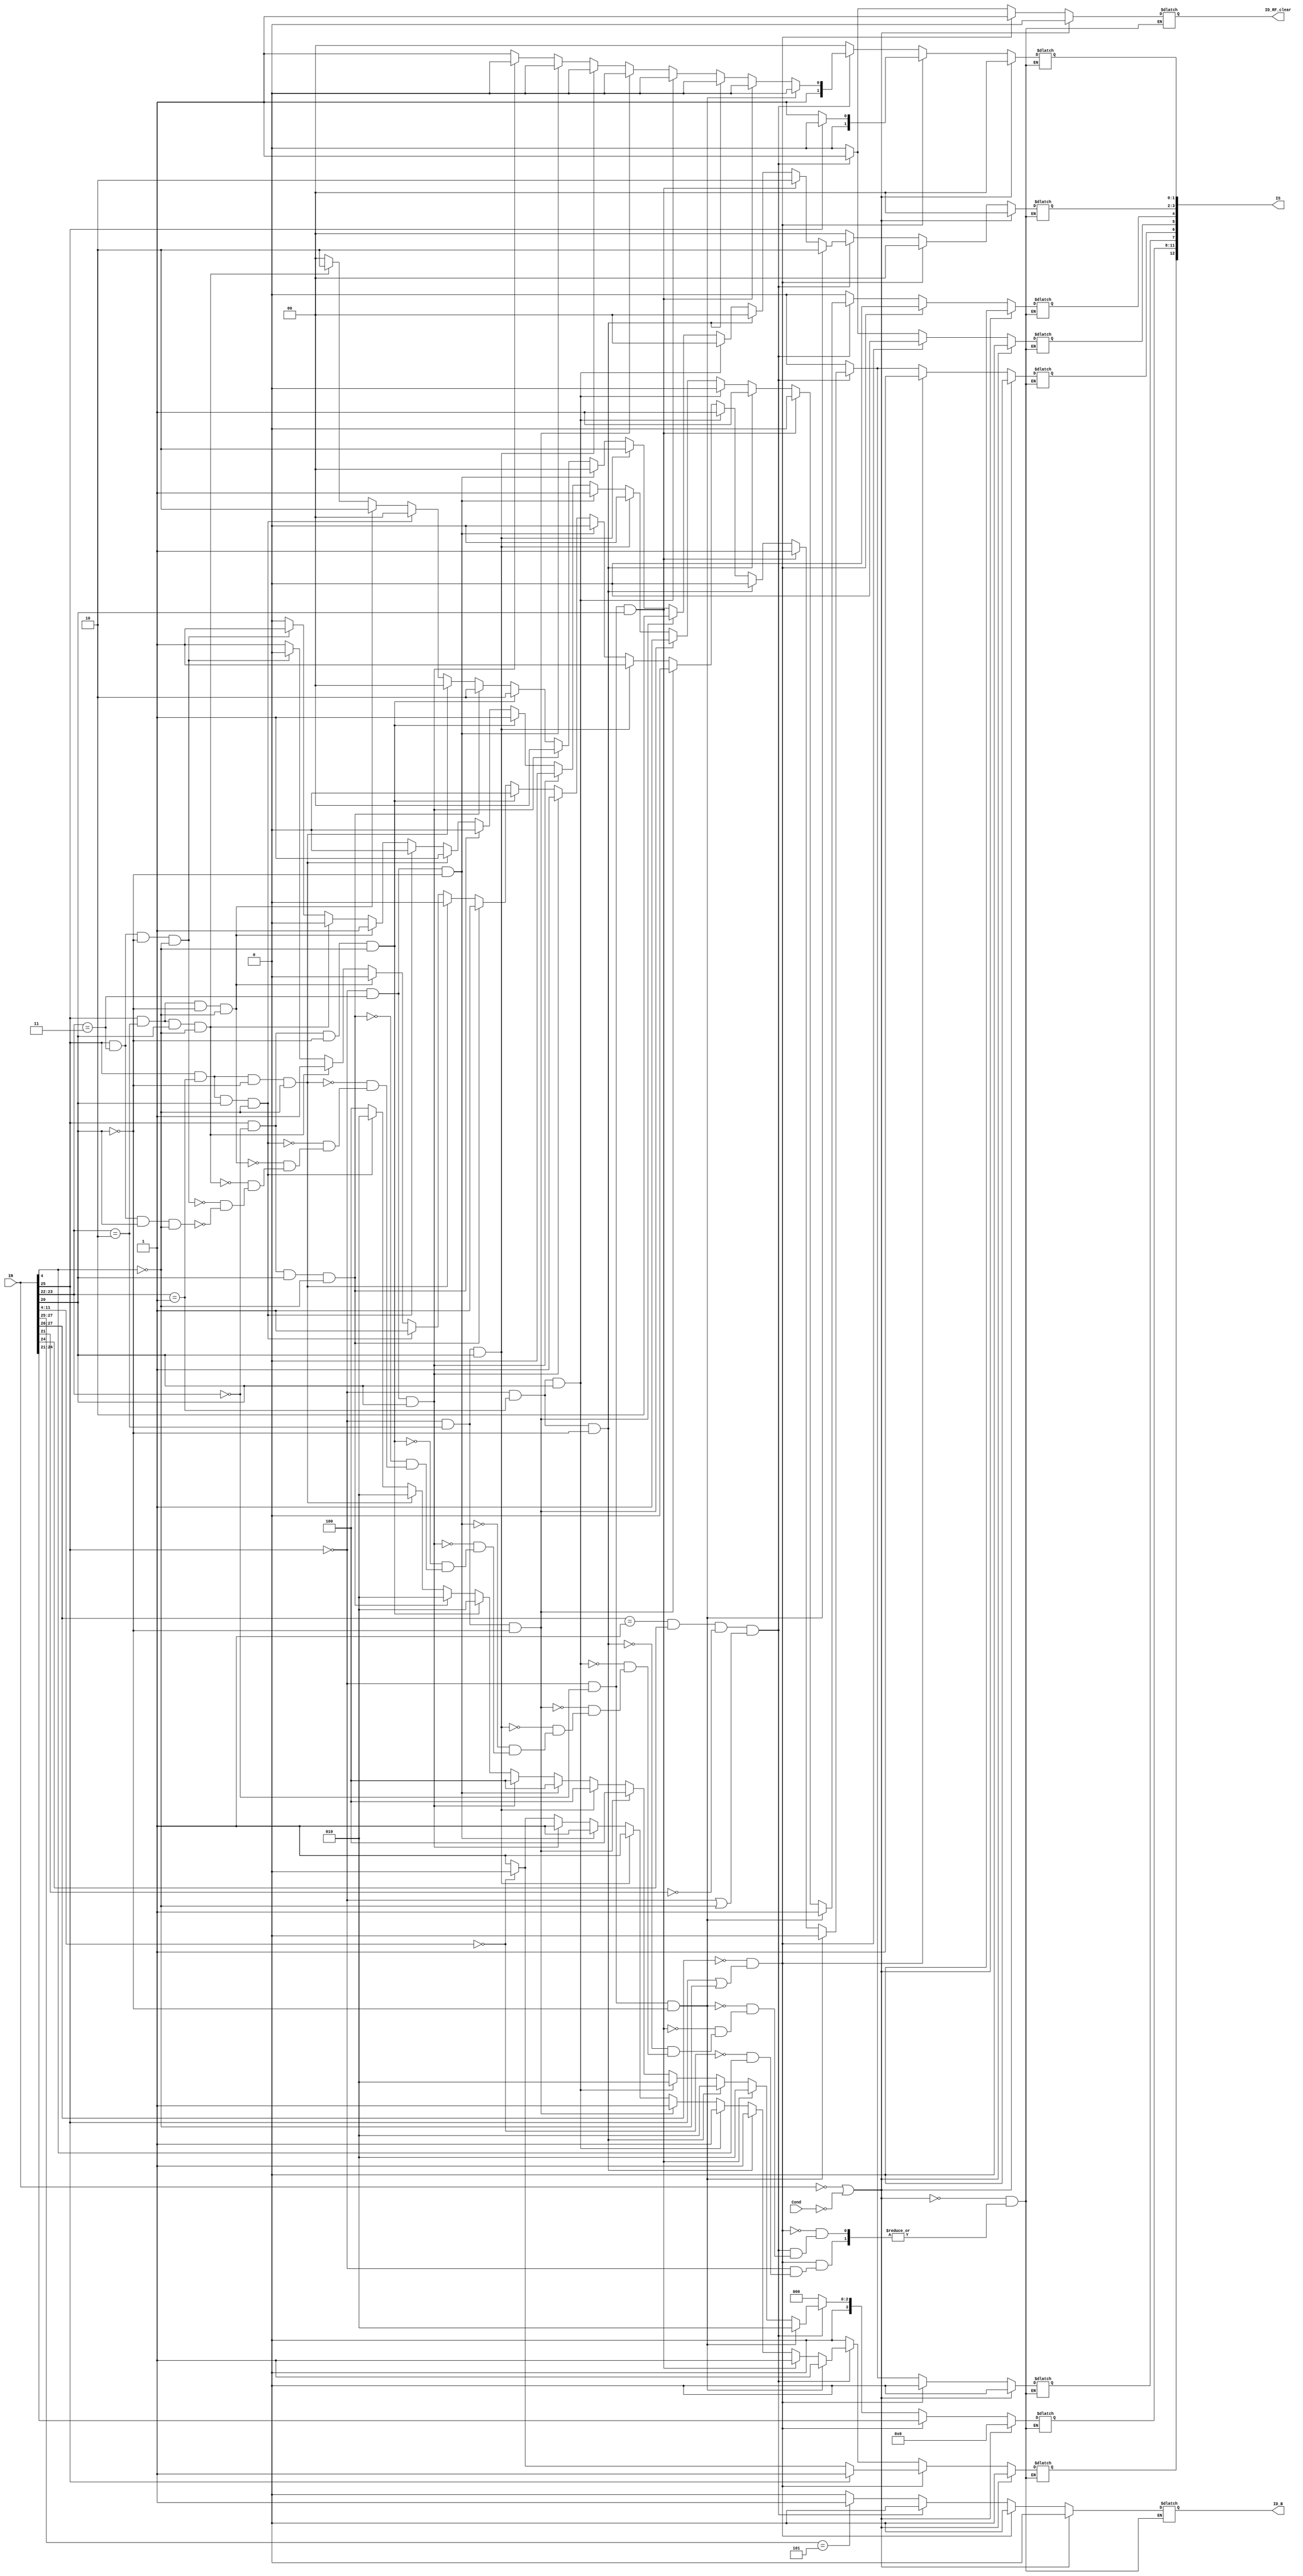
module cpu (output reg[12:0] IS, output reg ID_B, ID_RF_clear, input [31:0] IR, input Cond); 
	/*IS[12]=ID_shift
	IS[11:8]=OP
	IS[7]=load
	IS[6]=ID_RF
	IS[5]=Data
	IS[4]=RW
	IS[3:2]=Mm
	IS[1:0]=Sm
	*/
	reg [3:0] OP;
	reg [1:0] Sm;
	reg [1:0] Mm;
	reg ID_load_instr;
	reg ID_RF;
    reg	ID_RW;
	reg ID_Data;
	reg ID_shift_imm;
	always @ (IR)
		begin
		if (IR[31:0] == 32'h00000000||!Cond)//NOP
			begin
				OP <= 4'b0000;
				Sm <= 2'b00;
				Mm <= 2'b00;
				ID_load_instr <= 1'b0; 
				ID_B <= 1'b0;
				ID_RF <= 1'b0; 
				ID_RW <= 1'b0; 
				ID_Data <= 1'b0;
				ID_shift_imm <= 1'b0;
				ID_RF_clear<=1'b0;
			end
		else if (IR[27:26]== 2'b00&&(IR[25]==1'b1||IR[4]==1'b0)) // Data Processing	
			begin
			if(IR[25]== 1'b0) // Immidiate Register shifts
				begin
				if(IR[11:4]== 8'h00) //No Shifts
					begin
						OP <= IR[24:21];
						Sm <= 2'b01;
						Mm <= 2'b00;
						ID_load_instr <= 1'b0; 
						ID_B <= 1'b0;
						ID_RF <= 1'b1; 
						ID_RW <= 1'b0; 
						ID_Data <= 1'b0;
						ID_shift_imm <= 1'b0;
						ID_RF_clear<=1'b1;
					end
				else if(IR[4]==1'b0)
					begin //Shifts Register
						OP <= IR[24:21];
						Sm <= 2'b01;
						Mm <= 2'b00;
						ID_load_instr <= 1'b0; 
						ID_B <= 1'b0;
						ID_RF <= 1'b1; 
						ID_RW <= 1'b0; 
						ID_Data <= 1'b0;
						ID_shift_imm <= 1'b1;
						ID_RF_clear<=1'b1;
					end
				end
			else //Immidiate
				begin
					OP <= IR[24:21];
					Sm <= 2'b00;
					Mm <= 2'b00;
					ID_load_instr <= 1'b0; 
					ID_B <= 1'b0;
					ID_RF <= 1'b1; 
					ID_RW <= 1'b0; 
					ID_Data <= 1'b0;
					ID_shift_imm <= 1'b1;
					ID_RF_clear<=1'b1;
				end
			end
		else if (IR[27:26] == 2'b01&&IR[24]==1'b1&&IR[21]==1'b0&&(IR[25]==1'b0||IR[4]==1'b0)) //Load/Store
			//if(Immidiate/Scaled register && SUB/ADD && Word/Byte && Store/Load)
			begin
			if(IR[25]==1'b0&&IR[23:22]==2'b00&&IR[20]==1'b0)//(I/S/W/S)
				begin
					OP <= 4'b0010;
					Sm <= 2'b10;
					Mm <= 2'b10;
					ID_load_instr <= 1'b0; 
					ID_B <= 1'b0;
					ID_RF <= 1'b0; 
					ID_RW <= 1'b1; 
					ID_Data <= 1'b1;
					ID_shift_imm <= 1'b1;
					ID_RF_clear<=1'b1;
				end
			else if(IR[25]==1'b0&&IR[23:22]==2'b00&&IR[20]==1'b1)//(I/S/W/L)
				begin
					OP <= 4'b0010;
					Sm <= 2'b10;
					Mm <= 2'b10;
					ID_load_instr <= 1'b1; 
					ID_B <= 1'b0;
					ID_RF <= 1'b1; 
					ID_RW <= 1'b0; 
					ID_Data <= 1'b1;
					ID_shift_imm <= 1'b1;
					ID_RF_clear<=1'b1;
				end
			else if(IR[25]==1'b0&&IR[23:22]==2'b01&&IR[20]==1'b0)//(I/S/B/S)
				begin
					OP <= 4'b0010;
					Sm <= 2'b10;
					Mm <= 2'b00;
					ID_load_instr <= 1'b0; 
					ID_B <= 1'b0;
					ID_RF <= 1'b0; 
					ID_RW <= 1'b1; 
					ID_Data <= 1'b1;
					ID_shift_imm <= 1'b1;
					ID_RF_clear<=1'b1;
				end
			else if(IR[25]==1'b0&&IR[23:22]==2'b01&&IR[20]==1'b1)//(I/S/B/L)
				begin
					OP <= 4'b0010;
					Sm <= 2'b10;
					Mm <= 2'b00;
					ID_load_instr <= 1'b1; 
					ID_B <= 1'b0;
					ID_RF <= 1'b1; 
					ID_RW <= 1'b0; 
					ID_Data <= 1'b1;
					ID_shift_imm <= 1'b1;
					ID_RF_clear<=1'b1;
				end
			else if(IR[25]==1'b0&&IR[23:22]==2'b10&&IR[20]==1'b0)//(I/A/W/S)
				begin
					OP <= 4'b0100;
					Sm <= 2'b10;
					Mm <= 2'b10;
					ID_load_instr <= 1'b0; 
					ID_B <= 1'b0;
					ID_RF <= 1'b0; 
					ID_RW <= 1'b1; 
					ID_Data <= 1'b1;
					ID_shift_imm <= 1'b1;
					ID_RF_clear<=1'b1;
				end
			else if(IR[25]==1'b0&&IR[23:22]==2'b10&&IR[20]==1'b1)//(I/A/W/L)
				begin
					OP <= 4'b0100;
					Sm <= 2'b10;
					Mm <= 2'b10;
					ID_load_instr <= 1'b1; 
					ID_B <= 1'b0;
					ID_RF <= 1'b1; 
					ID_RW <= 1'b0; 
					ID_Data <= 1'b1;
					ID_shift_imm <= 1'b1;
					ID_RF_clear<=1'b1;
				end
			else if(IR[25]==1'b0&&IR[23:22]==2'b11&&IR[20]==1'b0)//(I/A/B/S)
				begin
					OP <= 4'b0100;
					Sm <= 2'b10;
					Mm <= 2'b00;
					ID_load_instr <= 1'b0; 
					ID_B <= 1'b0;
					ID_RF <= 1'b0; 
					ID_RW <= 1'b1; 
					ID_Data <= 1'b1;
					ID_shift_imm <= 1'b1;
					ID_RF_clear<=1'b1;
				end
			else if(IR[25]==1'b0&&IR[23:22]==2'b11&&IR[20]==1'b1)//(I/A/B/L)
				begin
					OP <= 4'b0100;
					Sm <= 2'b10;
					Mm <= 2'b00;
					ID_load_instr <= 1'b1; 
					ID_B <= 1'b0;
					ID_RF <= 1'b1; 
					ID_RW <= 1'b0; 
					ID_Data <= 1'b1;
					ID_shift_imm <= 1'b1;
					ID_RF_clear<=1'b1;
				end
			else if(IR[25]==1'b1&&IR[23:22]==2'b00&&IR[20]==1'b0&&IR[4]==1'b0)//(S/S/W/S)
				begin
					OP <= 4'b0010;
					Sm <= 2'b11;
					Mm <= 2'b10;
					ID_load_instr <= 1'b0; 
					ID_B <= 1'b0;
					ID_RF <= 1'b0; 
					ID_RW <= 1'b1; 
					ID_Data <= 1'b1;
					if(IR[11:4]==8'h00)ID_shift_imm <= 1'b0;
					else ID_shift_imm <= 1'b1;
					ID_RF_clear<=1'b1;
				end
			else if(IR[25]==1'b1&&IR[23:22]==2'b00&&IR[20]==1'b1&&IR[4]==1'b0)//(S/S/W/L)
				begin
					OP <= 4'b0010;
					Sm <= 2'b11;
					Mm <= 2'b10;
					ID_load_instr <= 1'b1; 
					ID_B <= 1'b0;
					ID_RF <= 1'b1; 
					ID_RW <= 1'b0; 
					ID_Data <= 1'b1;
					if(IR[11:4]==8'h00)ID_shift_imm <= 1'b0;
					else ID_shift_imm <= 1'b1;
					ID_RF_clear<=1'b1;
				end
			else if(IR[25]==1'b1&&IR[23:22]==2'b01&&IR[20]==1'b0&&IR[4]==1'b0)//(S/S/B/S)
				begin
					OP <= 4'b0010;
					Sm <= 2'b11;
					Mm <= 2'b00;
					ID_load_instr <= 1'b0; 
					ID_B <= 1'b0;
					ID_RF <= 1'b0; 
					ID_RW <= 1'b1; 
					ID_Data <= 1'b1;
					if(IR[11:4]==8'h00)ID_shift_imm <= 1'b0;
					else ID_shift_imm <= 1'b1;
					ID_RF_clear<=1'b1;
				end
			else if(IR[25]==1'b1&&IR[23:22]==2'b01&&IR[20]==1'b1&&IR[4]==1'b0)//(S/S/B/L)
				begin
					OP <= 4'b0010;
					Sm <= 2'b11;
					Mm <= 2'b00;
					ID_load_instr <= 1'b1; 
					ID_B <= 1'b0;
					ID_RF <= 1'b1; 
					ID_RW <= 1'b0; 
					ID_Data <= 1'b1;
					if(IR[11:4]==8'h00)ID_shift_imm <= 1'b0;
					else ID_shift_imm <= 1'b1;
					ID_RF_clear<=1'b1;
				end
			else if(IR[25]==1'b1&&IR[23:22]==2'b10&&IR[20]==1'b0&&IR[4]==1'b0)//(S/A/W/S)
				begin
					OP <= 4'b0100;
					Sm <= 2'b11;
					Mm <= 2'b10;
					ID_load_instr <= 1'b0; 
					ID_B <= 1'b0;
					ID_RF <= 1'b0; 
					ID_RW <= 1'b1; 
					ID_Data <= 1'b1;
					if(IR[11:4]==8'h00)ID_shift_imm <= 1'b0;
					else ID_shift_imm <= 1'b1;
					ID_RF_clear<=1'b1;
				end
			else if(IR[25]==1'b1&&IR[23:22]==2'b10&&IR[20]==1'b1&&IR[4]==1'b0)//(S/A/W/L)
				begin
					OP <= 4'b0100;
					Sm <= 2'b11;
					Mm <= 2'b10;
					ID_load_instr <= 1'b1; 
					ID_B <= 1'b0;
					ID_RF <= 1'b1; 
					ID_RW <= 1'b0; 
					ID_Data <= 1'b1;
					if(IR[11:4]==8'h00)ID_shift_imm <= 1'b0;
					else ID_shift_imm <= 1'b1;
					ID_RF_clear<=1'b1;
				end
			else if(IR[25]==1'b1&&IR[23:22]==2'b11&&IR[20]==1'b0&&IR[4]==1'b0)//(S/A/B/S)
				begin
					OP <= 4'b0100;
					Sm <= 2'b11;
					Mm <= 2'b00;
					ID_load_instr <= 1'b0; 
					ID_B <= 1'b0;
					ID_RF <= 1'b0; 
					ID_RW <= 1'b1; 
					ID_Data <= 1'b1;
					if(IR[11:4]==8'h00)ID_shift_imm <= 1'b0;
					else ID_shift_imm <= 1'b1;
					ID_RF_clear<=1'b1;
				end
			else if(IR[25]==1'b1&&IR[23:22]==2'b11&&IR[20]==1'b1&&IR[4]==1'b0)//(S/A/B/L)
				begin
					OP <= 4'b0100;
					Sm <= 2'b11;
					Mm <= 2'b00;
					ID_load_instr <= 1'b1; 
					ID_B <= 1'b0;
					ID_RF <= 1'b1; 
					ID_RW <= 1'b0; 
					ID_Data <= 1'b1;
					if(IR[11:4]==8'h00)ID_shift_imm <= 1'b0;
					else ID_shift_imm <= 1'b1;
					ID_RF_clear<=1'b1;
				end
			end
		//Load/Store end
		else if(IR[27:25] == 3'b101) //Branch
			begin 
				OP <= 4'b0000;
				Sm <= 2'b00;
				Mm <= 2'b00;
				ID_load_instr <= 1'b0; 
				ID_B <= 1'b1;
				ID_RF <= 1'b0; 
				ID_RW <= 1'b0; 
				ID_Data <= 1'b0;
				ID_shift_imm <= 1'b0;
				ID_RF_clear<=1'b0;
			end	
		else //Instruction not found
			begin
				OP <= 4'b0000;
				Sm <= 2'b00;
				Mm <= 2'b00;
				ID_load_instr <= 1'b0; 
				ID_B <= 1'b0;
				ID_RF <= 1'b0; 
				ID_RW <= 1'b0; 
				ID_Data <= 1'b0;
				ID_shift_imm <= 1'b0;
				ID_RF_clear<=1'b0;
			end
		IS<={ID_shift_imm, OP, ID_load_instr, ID_RF, ID_Data, ID_RW, Mm, Sm};
		end
endmodule